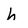
Character: h